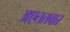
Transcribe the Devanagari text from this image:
अएततबार